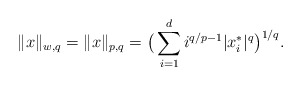
\begin{align*} \|x\|_{w,q} = \|x\|_{p,q} = \big(\sum_{i=1}^d i^{q/p-1} |x_i^*|^q\big)^{1/q}.\end{align*}